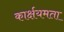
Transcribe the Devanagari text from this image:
कार्क्षयमता